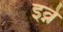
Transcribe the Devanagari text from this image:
इव्ने